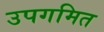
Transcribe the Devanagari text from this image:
उपगमित